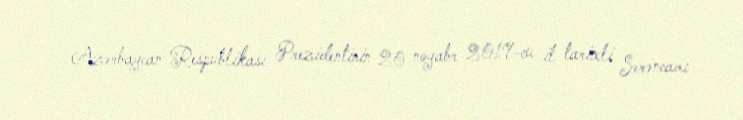
Azərbaycan Respublikası Prezidentinin 20 noyabr 2019-cu il tarixli Sərəncamı